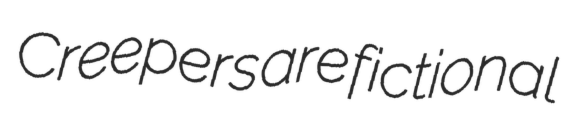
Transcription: Creepers are fictional